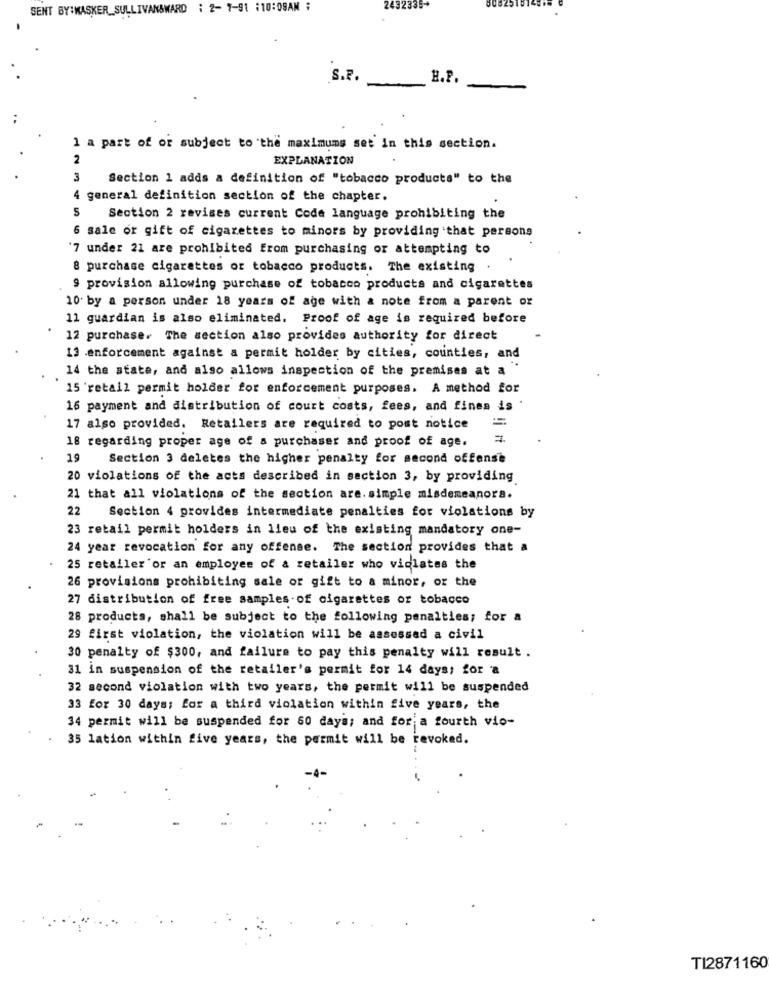
SENT BY:MASKER_SULLIVAN&WARD : 2- 7-91 :10:09AM ;
2432335+
S.P.
H.P.
1 a part of or subject to the maximums set in this section.
2
EXPLANATION
3
Section 1 adds a definition of "tobacco products" to the
4
general definition section of the chapter.
S
Section 2 revises current Code language prohibiting the
6 sale or gift of cigarettes to minors by providing that persons
7 under 21 are prohibited from purchasing or attempting to
8 purchase cigarettes or tobacco products. The existing
9 provision allowing purchase of tobacco products and cigarettes
10. by a person under 18 years of age with a note from a parent or
11 guardian is also eliminated. Proof of age is required before
12 purchase. The section also provides authority for direct
13 .enforcement against a permit holder by cities, counties, and
14 the state, and also allows inspection of the premises at a
15 retail permit holder for enforcement purposes. A method for
16 payment and distribution of court costs, fees, and fines is
=
17 also provided. Retailers are required to post notice
18 regarding proper age of a purchaser and proof of age.
19
Section 3 deletes the higher penalty for second offense
20 violations of the acts described in section 3, by providing
21 that all violations of the section are. simple misdemeanors.
22
Section 4 provides intermediate penalties for violations by
23 retail permit holders in lieu of the existing mandatory one-
24 year revocation for any offense. The section provides that a
25 retailer'or an employee of a retailer who viclates the
26 provisions prohibiting sale or gift to a minor, or the
27 distribution of free samples of cigarettes or tobacco
28 products, shall be subject to the following penalties; for a
29 first violation, the violation will be assessed a civil
30 penalty of $300, and failure to pay this penalty will result .
31 in suspension of the retailer's permit for 14 days; for a
32 second violation with two years, the permit will be suspended
33 for 30 days; for a third violation within five years, the
34 permit will be suspended for 60 days; and for a fourth vio-
35 lation within five years, the permit will be revoked.
TI2871160